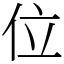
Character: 位